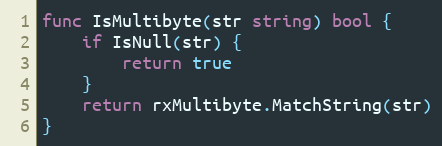
Language: Go
func IsMultibyte(str string) bool {
	if IsNull(str) {
		return true
	}
	return rxMultibyte.MatchString(str)
}